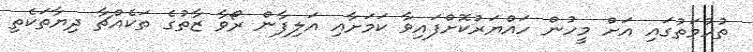
ތުހުމަތުގައި އަށް މީހުން ހައްޔަރުކޮށްފައިވާ ކަމަށާއި އަލިފާން ރޯވާ ޒާތުގެ ތަކެއްޗާ ދިޔާތަކެތި